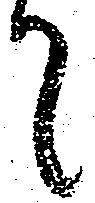
て